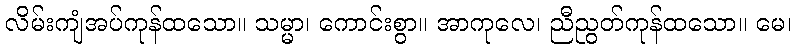
လိမ်းကျံအပ်ကုန်ထသော။ သမ္မာ၊ ကောင်းစွာ။ အာကုလေ၊ ညီညွတ်ကုန်ထသော။ မေ၊